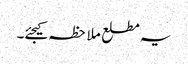
یہ مطلع ملاحظہ کیجئے۔